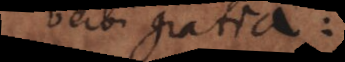
verbi gratia: